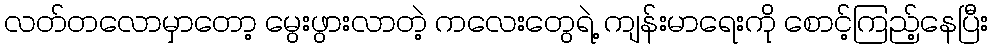
လတ်တလောမှာတော့ မွေးဖွားလာတဲ့ ကလေးတွေရဲ့ ကျန်းမာရေးကို စောင့်ကြည့်နေပြီး